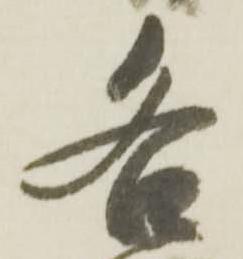
右